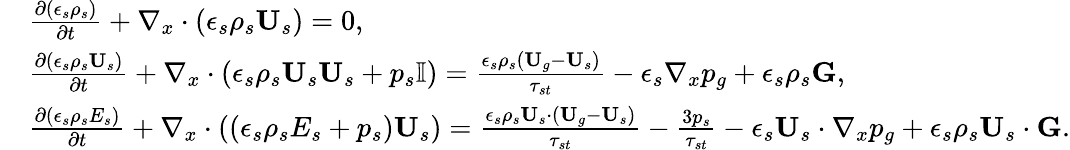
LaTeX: \begin{array}{rl}&{\frac{\partial\left(\epsilon_{s}\rho_{s}\right)}{\partial t}+\nabla_{x}\cdot\left(\epsilon_{s}\rho_{s}\textbf{U}_{s}\right)=0,}\\ &{\frac{\partial\left(\epsilon_{s}\rho_{s}\textbf{U}_{s}\right)}{\partial t}+\nabla_{x}\cdot\left(\epsilon_{s}\rho_{s}\textbf{U}_{s}\textbf{U}_{s}+p_{s}\mathbb{I}\right)=\frac{\epsilon_{s}\rho_{s}\left(\textbf{U}_{g}-\textbf{U}_{s}\right)}{\tau_{st}}-\epsilon_{s}\nabla_{x}p_{g}+\epsilon_{s}\rho_{s}\textbf{G},}\\ &{\frac{\partial\left(\epsilon_{s}\rho_{s}E_{s}\right)}{\partial t}+\nabla_{x}\cdot\left(\left(\epsilon_{s}\rho_{s}E_{s}+p_{s}\right)\textbf{U}_{s}\right)=\frac{\epsilon_{s}\rho_{s}\textbf{U}_{s}\cdot\left(\textbf{U}_{g}-\textbf{U}_{s}\right)}{\tau_{st}}-\frac{3p_{s}}{\tau_{st}}-\epsilon_{s}\textbf{U}_{s}\cdot\nabla_{x}p_{g}+\epsilon_{s}\rho_{s}\textbf{U}_{s}\cdot\textbf{G}.}\end{array}